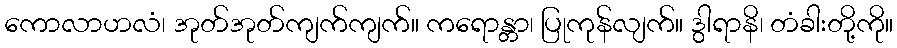
ကောလာဟလံ၊ အုတ်အုတ်ကျက်ကျက်။ ကရောန္တာ၊ ပြုကုန်လျက်။ ဒွါရာနိ၊ တံခါးတို့ကို။